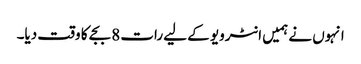
انہوں نے ہمیں انٹرویو کے لیے رات 8 بجے کا وقت دیا۔